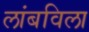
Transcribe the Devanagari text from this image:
लांबविला